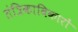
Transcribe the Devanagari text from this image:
तंत्रिकाविकारों